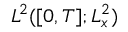
L ^ { 2 } ( [ 0 , T ] ; L _ { x } ^ { 2 } )